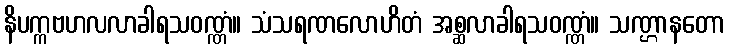
နိပက္ကဗဟလလာခါရသဝဏ္ဏံ။ သံသရဏလောဟိတံ အစ္ဆလာခါရသဝဏ္ဏံ။ သဏ္ဌာနတော